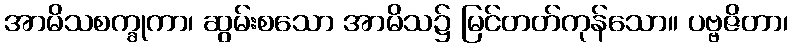
အာမိသစက္ခုကာ၊ ဆွမ်းစသော အာမိသ၌ မြင်တတ်ကုန်သော။ ပဗ္ဗဇိတာ၊